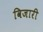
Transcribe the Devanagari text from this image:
विजारी